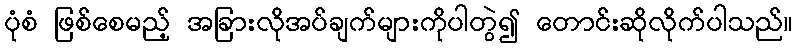
ပုံစံ ဖြစ်စေမည့် အခြားလိုအပ်ချက်များကိုပါတွဲ၍ တောင်းဆိုလိုက်ပါသည်။